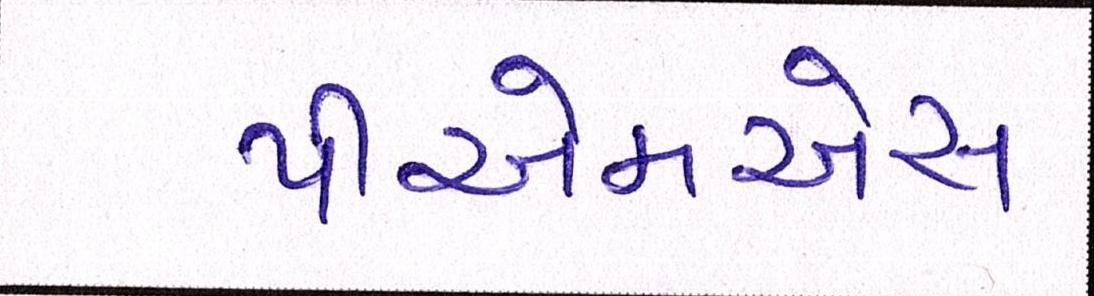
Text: પીએમએસ